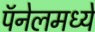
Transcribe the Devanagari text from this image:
पॅनेलमध्ये